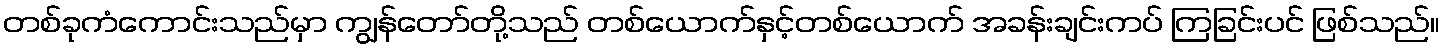
တစ်ခုကံကောင်းသည်မှာ ကျွန်တော်တို့သည် တစ်ယောက်နှင့်တစ်ယောက် အခန်းချင်းကပ် ကြခြင်းပင် ဖြစ်သည်။